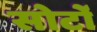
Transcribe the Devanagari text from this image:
सोर्टो